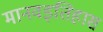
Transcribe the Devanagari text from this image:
मानवइतिहास